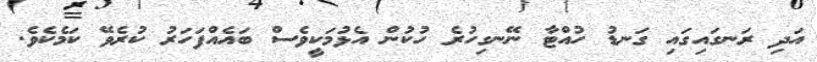
އަދި ރަނގައިގައި ގަނޑު ހުއްޓާ ނޭނގިހުރެ ހުކުން އެޅުމަކީވެސް ބައެއްފަހަރު ކުރެވޭ ކަމެކެވެ.